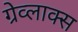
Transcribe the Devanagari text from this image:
ग्रेव्लाक्स